Scottish Leaving Certificate Examination, 1960
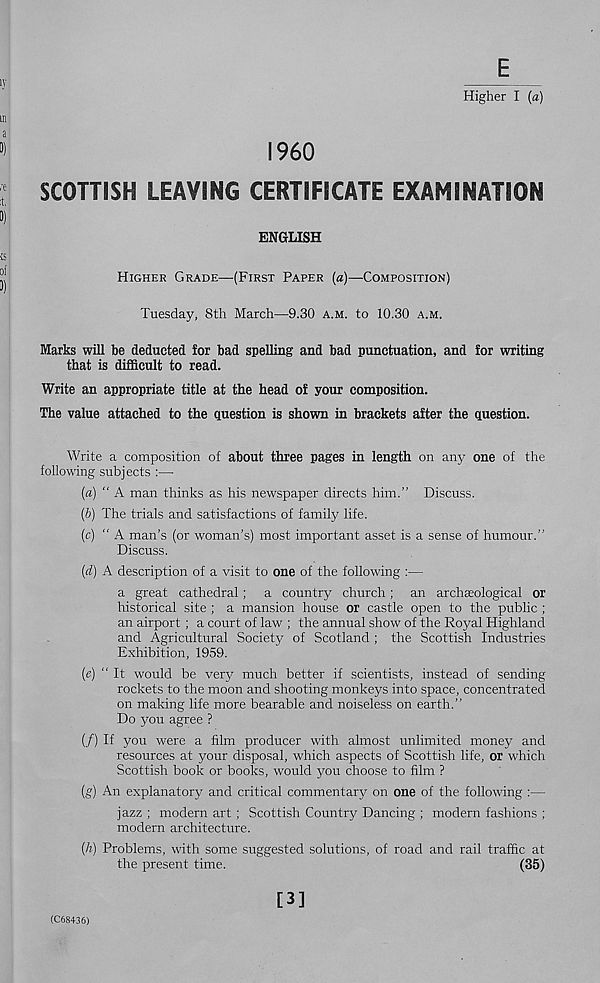
IV
E
Higher I (a)
in
“)
S 960
SCOTTISH LEAVING CERTIFICATE EXAMINATION
i
ENGLISH
iS
“J
HIGHER GRADE—(FIRST PAPER (a)—COMPOSITION)
Tuesday, 8th March—9.30 A.M. to 10.30 A.M.
Marks will be deducted lor bad spelling and bad punctuation, and for writing
that is difficult to read.
Write an appropriate title at the head of your composition.
The value attached to the question is shown in brackets after the question.
Write a composition of about three pages in length on any one of the
following subjects :—
(a) “A man thinks as his newspaper directs him.” Discuss.
(b) The trials and satisfactions of family life.
(c) ‘‘A man’s (or woman’s) most important asset is a sense of humour.”
Discuss.
(d) A description of a visit to one of the following :—
a great cathedral; a country church; an archaeological or
historical site ; a mansion house or castle open to the public ;
an airport ; a court of law ; the annual show of the Royal Highland
and Agricultural Society of Scotland ; the Scottish Industries
Exhibition, 1959.
(e) “ It would be very much better if scientists, instead of sending
rockets to the moon and shooting monkeys into space, concentrated
on making life more bearable and noiseless on earth.”
Do you agree ?
(/) If you were a film producer with almost unlimited money and
resources at your disposal, which aspects of Scottish life, or which
Scottish book or books, would you choose to film ?
{g) An explanatory and critical commentary on one of the following :—
jazz ; modern art ; Scottish Country Dancing ; modern fashions ;
modern architecture.
(h) Problems, with some suggested solutions, of road and rail traffic at
the present time.
(35)
(C68436)
[3]